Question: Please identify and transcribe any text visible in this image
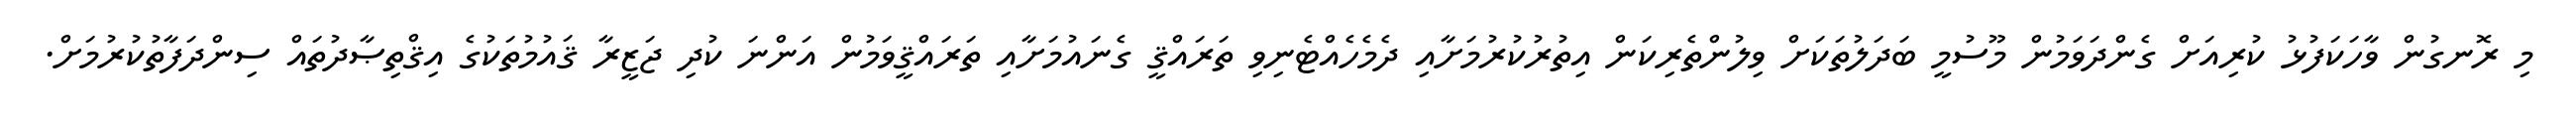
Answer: މި ރޮނގުން ވާހަކަފުޅު ކުރިއަށް ގެންދަވަމުން މޫސުމީ ބަދަލުތަކަށް ވިލުންތެރިކަން އިތުރުކުރުމަށާއި ދެމެހެއްޓެނިވި ތަރައްޤީ ގެނައުމަށާއި ތަރައްޤީވަމުން އަންނަ ކުދި ޖަޒީރާ ޤައުމުތަކުގެ އިޤްތިޞާދުތައް ސިންދަފާތުކުރުމަށް.